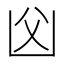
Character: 𠚁